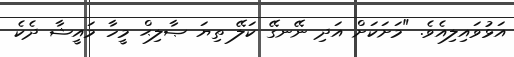
އަޅުވައިލިއެވެ. "މަށަކަށް އަދި ނޭނގޭ ކަލޭ ތިޔަ ޞާލިޙް މީހާ މައީޝާ ދެކެ